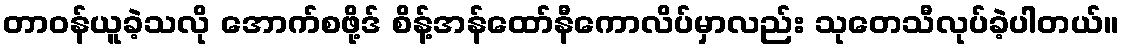
တာဝန်ယူခဲ့သလို အောက်စဖို့ဒ် စိန့်အန်ထော်နီကောလိပ်မှာလည်း သုတေသီလုပ်ခဲ့ပါတယ်။